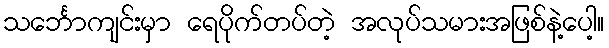
သင်္ဘောကျင်းမှာ ရေပိုက်တပ်တဲ့ အလုပ်သမားအဖြစ်နဲ့ပေါ့။